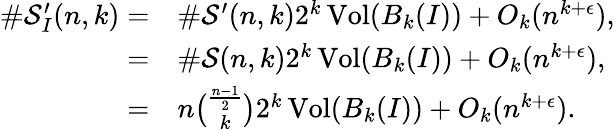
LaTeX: \begin{array}{rl}{\# \mathcal{S}_{I}^{\prime}(n,k)=}&{\# \mathcal{S}^{\prime}(n,k)2^{k}\operatorname{Vol}(B_{k}(I))+O_{k}(n^{k+\epsilon}),}\\ {=}&{\# \mathcal{S}(n,k)2^{k}\operatorname{Vol}(B_{k}(I))+O_{k}(n^{k+\epsilon}),}\\ {=}&{n\binom{\frac{n-1}{2}}{k}2^{k}\operatorname{Vol}(B_{k}(I))+O_{k}(n^{k+\epsilon}).}\end{array}